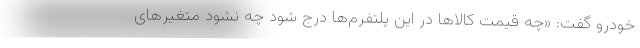
خودرو گفت: «چه قیمت کالا‌ها در این پلتفرم‌ها درج شود چه نشود متغیر‌های